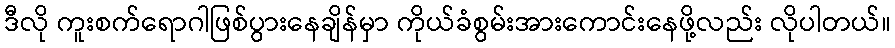
ဒီလို ကူးစက်ရောဂါဖြစ်ပွားနေချိန်မှာ ကိုယ်ခံစွမ်းအားကောင်းနေဖို့လည်း လိုပါတယ်။